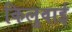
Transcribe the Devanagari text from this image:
किलुवाई